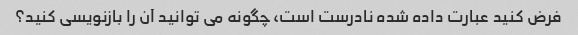
فرض کنید عبارت داده شده نادرست است، چگونه می توانید آن را بازنویسی کنید؟